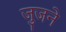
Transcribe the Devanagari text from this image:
जुजने